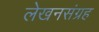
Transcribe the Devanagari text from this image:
लेखनसंग्रह